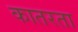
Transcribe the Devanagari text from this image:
कातरता